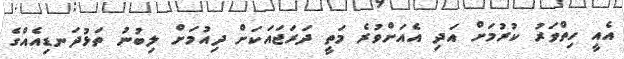
އެއީ ހިތްވަރު ކުރުމަށް އަދި އެއަށްވުރެ މަތީ ދަރަޖައަކަށް ދިއުމަށް ލިބުނު ތަޅުދަނޑިއެއްގެ